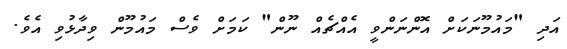
އަދި "މައުމޫނަކަށް އޮންނަންވީ އެއްޗެއް ނޫން" ކަމަށް ވެސް މައުމޫން ވިދާޅުވި އެވެ.